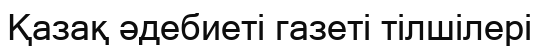
Қазақ әдебиеті газеті тілшілері